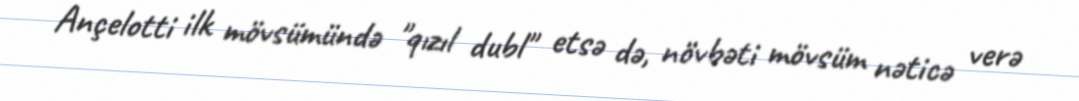
Ançelotti ilk mövsümündə "qızıl dubl" etsə də, növbəti mövsüm nəticə verə